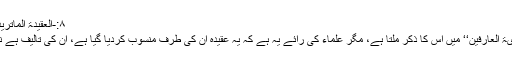
۸:-العقیدۃ الماتریدیۃ
’’ہدیۃ العارفین‘‘ میں اس کا ذکر ملتا ہے، مگر علماء کی رائے یہ ہے کہ یہ عقیدہ ان کی طرف منسوب کردیا گیا ہے، ان کی تالیف ہے نہیں۔